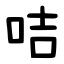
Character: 咭